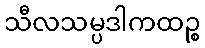
သီလသမ္ပဒါကထဉ္စ